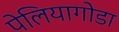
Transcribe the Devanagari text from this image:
पेलियागोडा